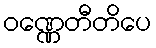
ဝဏ္ဏေတီတိပေ